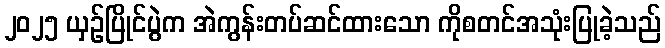
၂၀၂၅ ယှဉ်ပြိုင်ပွဲက အဲကွန်းတပ်ဆင်ထားသော ကိုစတင်အသုံးပြုခဲ့သည်